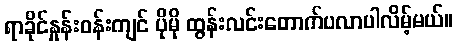
ရာခိုင်နှုန်းဝန်းကျင် ပိုမို ထွန်းလင်းတောက်ပလာပါလိမ့်မယ်။